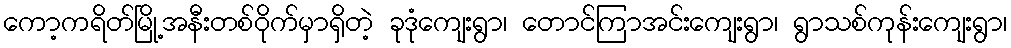
ကော့ကရိတ်မြို့အနီးတစ်ဝိုက်မှာရှိတဲ့ ခုဒုံကျေးရွာ၊ တောင်ကြာအင်းကျေးရွာ၊ ရွာသစ်ကုန်းကျေးရွာ၊